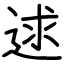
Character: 逑